Report on lock hospitals in British Burma
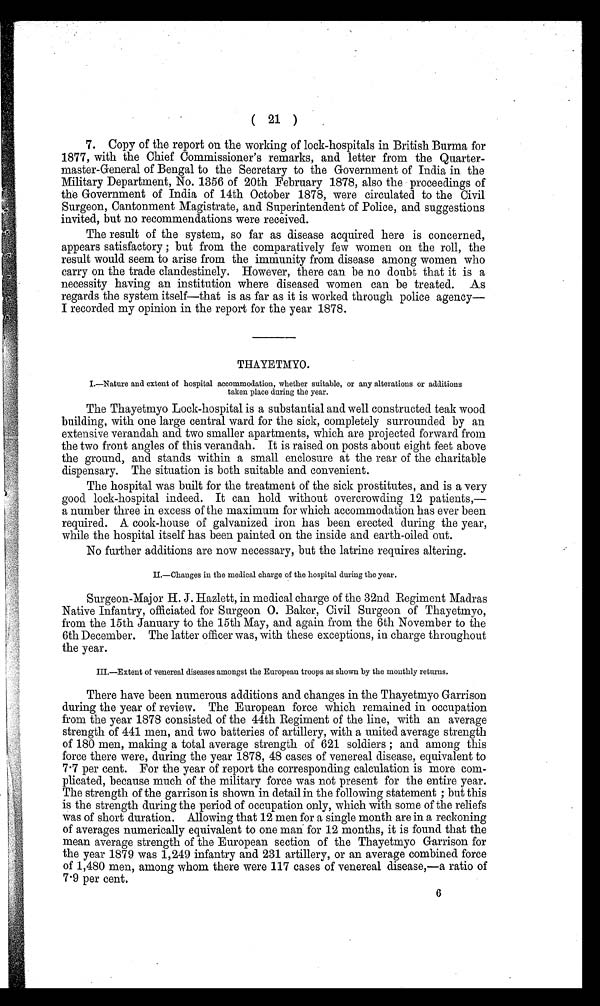
( 21 )
7. Copy of the report on the working of lock-hospitals in British Burma for
1877, with the Chief Commissioner's remarks, and letter from the Quarter-
master-General of Bengal to the Secretary to the Government of India in the
Military Department, No. 1356 of 20th February 1878, also the proceedings of
the Government of India of 14th October 1878, were circulated to the Civil
Surgeon, Cantonment Magistrate, and Superintendent of Police, and suggestions
invited, but no recommendations were received.
The result of the system, so far as disease acquired here is concerned,
appears satisfactory ; but from the comparatively few women on the roll, the
result would seem to arise from the immunity from disease among women who
carry on the trade clandestinely. However, there can be no doubt that it is a
necessity having an institution where diseased women can be treated. As
regards the system itself—that is as far as it is worked through police agency—
I recorded my opinion in the report for the year 1878.
THAYETMYO.
I.—Nature and extent of hospital accommodation, whether suitable, or any alterations or additions
taken place during the year.
The Thayetmyo Lock-hospital is a substantial and well constructed teak wood
building, with one large central ward for the sick, completely surrounded by an
extensive verandah and two smaller apartments, which are projected forward from
the two front angles of this verandah. It is raised on posts about eight feet above
the ground, and stands within a small enclosure at the rear of the charitable
dispensary. The situation is both suitable and convenient.
The hospital was built for the treatment of the sick prostitutes, and is a very
good lock-hospital indeed. It can hold without overcrowding 12 patients,—
a number three in excess of the maximum for which accommodation has ever been
required. A cook-house of galvanized iron has been erected during the year,
while the hospital itself has been painted on the inside and earth-oiled out.
No further additions are now necessary, but the latrine requires altering.
II.—Changes in the medical charge of the hospital during the year.
Surgeon-Major H. J. Hazlett, in medical charge of the 32nd Regiment Madras
Native Infantry, officiated for Surgeon O. Baker, Civil Surgeon of Thayetmyo,
from the 15th January to the 15th May, and again from the 6th November to the
6th December. The latter officer was, with these exceptions, in charge throughout
the year.
III.—Extent of venereal diseases amongst the European troops as shown by the monthly returns.
There have been numerous additions and changes in the Thayetmyo Garrison
during the year of review. The European force which remained in occupation
from the year 1878 consisted of the 44th Regiment of the line, with an average
strength of 441 men, and two batteries of artillery, with a united average strength
of 180 men, making a total average strength of 621 soldiers ; and among this
force there were, during the year 1878, 48 cases of venereal disease, equivalent to
7.7 per cent. For the year of report the corresponding calculation is more com-
plicated, because much of the military force was not present for the entire year.
The strength of the garrison is shown in detail in the following statement ; but this
is the strength during the period of occupation only, which with some of the reliefs
was of short duration. Allowing that 12 men for a single month are in a reckoning
of averages numerically equivalent to one man for 12 months, it is found that the
mean average strength of the European section of the Thayetmyo Garrison for
the year 1879 was 1,249 infantry and 231 artillery, or an average combined force
of 1,480 men, among whom there were 117 cases of venereal disease,—a ratio of
7.9 per cent.
6